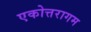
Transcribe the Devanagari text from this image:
एकोत्तरागम